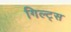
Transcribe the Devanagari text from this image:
गिल्ट्स